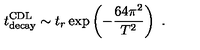
t _ { \mathrm { d e c a y } } ^ { \mathrm { C D L } } \sim t _ { r } \exp \left( - { \frac { 6 4 \pi ^ { 2 } } { T ^ { 2 } } } \right) \ .